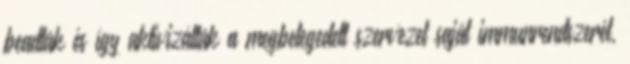
beadták és így aktivizálták a megbetegedett szervezet saját immunrendszerét,